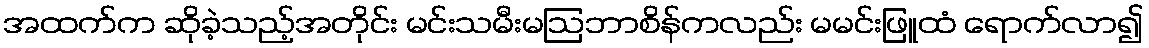
အထက်က ဆိုခဲ့သည့်အတိုင်း မင်းသမီးမဩဘာစိန်ကလည်း မမင်းဖြူထံ ရောက်လာ၍